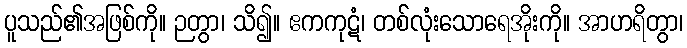
ပူသည်၏အဖြစ်ကို။ ဉတွာ၊ သိ၍။ ဧကကုဋံ၊ တစ်လုံးသောရေအိုးကို။ အာဟရိတွာ၊